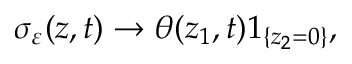
\sigma _ { \varepsilon } ( z , t ) \to \theta ( z _ { 1 } , t ) 1 _ { \{ z _ { 2 } = 0 \} } ,